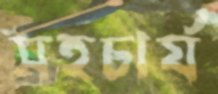
সহচার্য